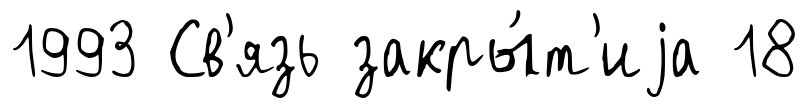
1993 Св'язь закры́т'иjа 18